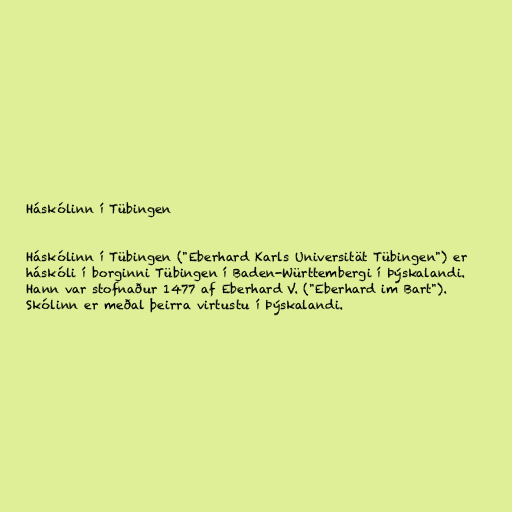
Háskólinn í Tübingen

Háskólinn í Tübingen ("Eberhard Karls Universität Tübingen") er
háskóli í borginni Tübingen í Baden-Württembergi í Þýskalandi.
Hann var stofnaður 1477 af Eberhard V. ("Eberhard im Bart").
Skólinn er meðal þeirra virtustu í Þýskalandi.